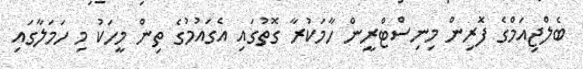
ބެލްޖިއަމްގެ ފޮރިން މިނިސްޓްރީން ހާމަކުރާ ގޮތުގައި އެގައުމުގެ ތިން މީހަކު މި ހަމަލާގައި